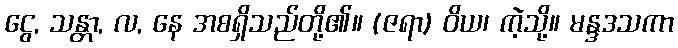
ငွေ, သန္တာ, လ, နေ အစရှိသည်တို့၏။ (ဇရာ) ဝိယ၊ ကဲ့သို့။ မန္ဒဒသကာ